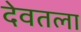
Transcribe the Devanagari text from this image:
देवतला